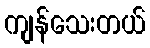
ကျန်သေးတယ်